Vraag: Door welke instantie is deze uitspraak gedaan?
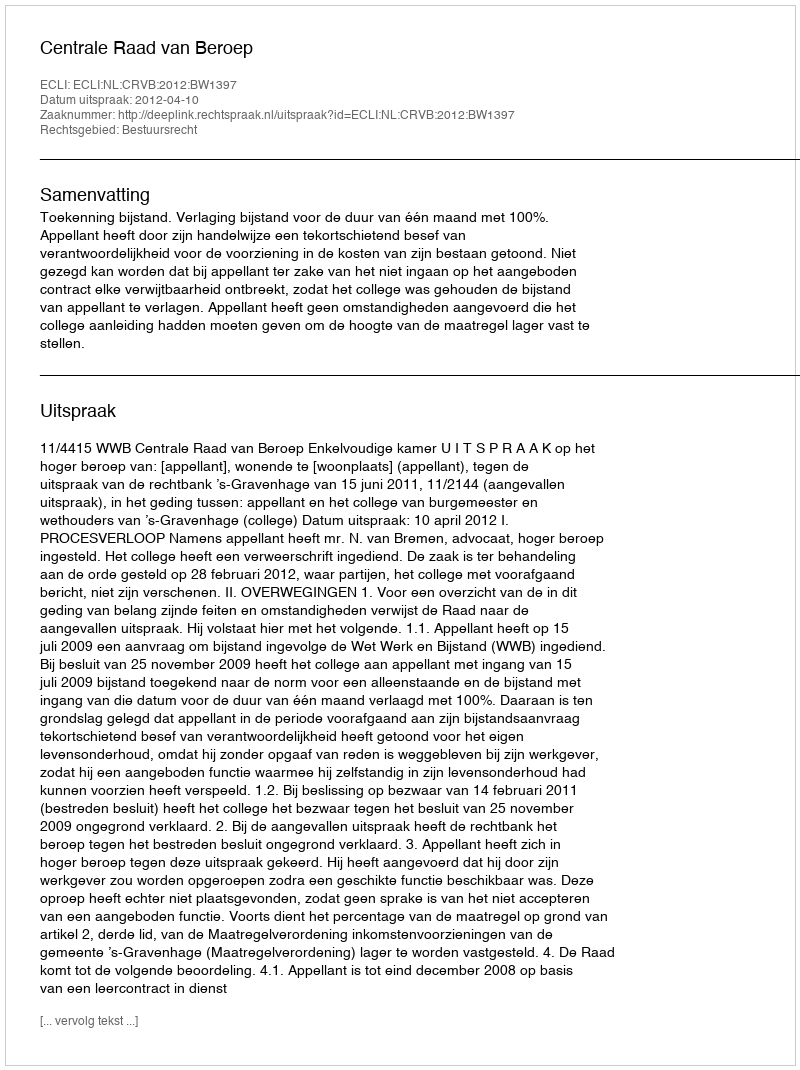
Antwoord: Centrale Raad van Beroep